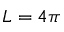
L = 4 \pi